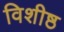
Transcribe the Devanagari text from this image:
विशीष्ठ